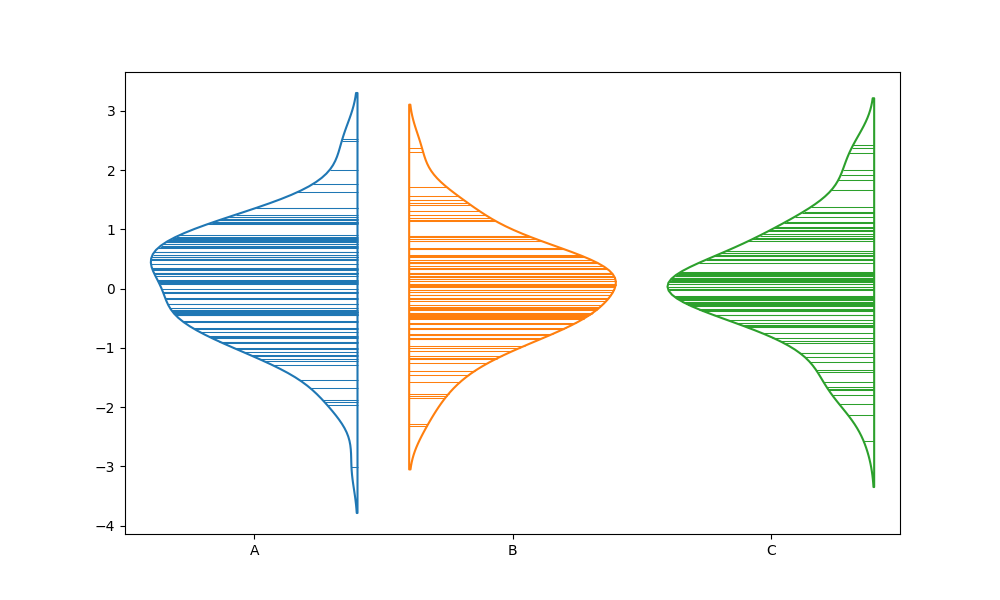
python, seaborn, violinplot, scale='count', split='True', inner='stick', fill='False'